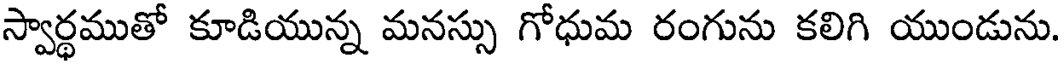
స్వార్థముతో కూడియున్న మనస్సు గోధుమ రంగును కలిగి యుండును